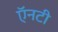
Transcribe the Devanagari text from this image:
ऍनटी